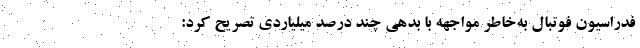
فدراسیون فوتبال به‌خاطر مواجهه با بدهی‌ چند درصد میلیاردی تصریح کرد: